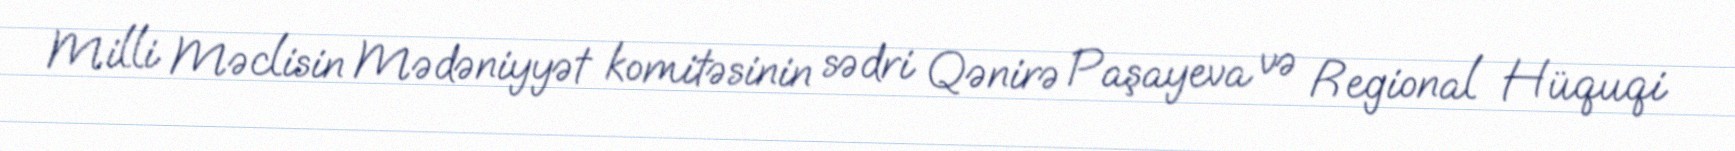
Milli Məclisin Mədəniyyət komitəsinin sədri Qənirə Paşayeva və Regional Hüquqi